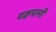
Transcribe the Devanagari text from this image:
यक्षपत्‍नी